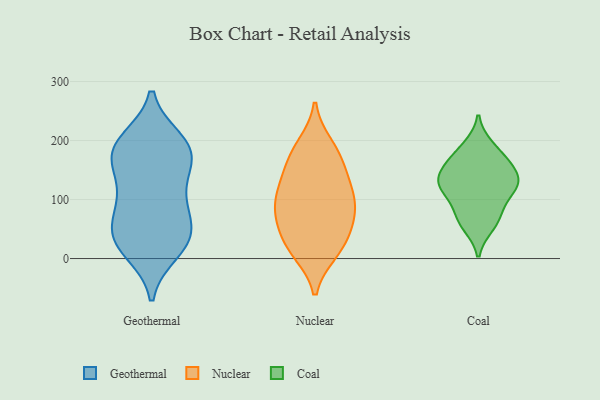
{"axis": {"x": "Waste Production (Tons)", "y": "Value"}, "legend": ["Coal", "Geothermal", "Nuclear"], "data": [{"x": "", "y": 97, "type": "Geothermal"}, {"x": "", "y": 37, "type": "Geothermal"}, {"x": "", "y": 48, "type": "Geothermal"}, {"x": "", "y": 153, "type": "Geothermal"}, {"x": "", "y": 181, "type": "Geothermal"}, {"x": "", "y": 190, "type": "Geothermal"}, {"x": "", "y": 199, "type": "Geothermal"}, {"x": "", "y": 159, "type": "Geothermal"}, {"x": "", "y": 33, "type": "Geothermal"}, {"x": "", "y": 97, "type": "Geothermal"}, {"x": "", "y": 23, "type": "Geothermal"}, {"x": "", "y": 191, "type": "Geothermal"}, {"x": "", "y": 13, "type": "Geothermal"}, {"x": "", "y": 99, "type": "Geothermal"}, {"x": "", "y": 47, "type": "Geothermal"}, {"x": "", "y": 179, "type": "Geothermal"}, {"x": "", "y": 105, "type": "Nuclear"}, {"x": "", "y": 11, "type": "Nuclear"}, {"x": "", "y": 192, "type": "Nuclear"}, {"x": "", "y": 95, "type": "Nuclear"}, {"x": "", "y": 88, "type": "Nuclear"}, {"x": "", "y": 135, "type": "Nuclear"}, {"x": "", "y": 180, "type": "Nuclear"}, {"x": "", "y": 174, "type": "Nuclear"}, {"x": "", "y": 121, "type": "Nuclear"}, {"x": "", "y": 17, "type": "Nuclear"}, {"x": "", "y": 41, "type": "Nuclear"}, {"x": "", "y": 16, "type": "Nuclear"}, {"x": "", "y": 63, "type": "Nuclear"}, {"x": "", "y": 59, "type": "Nuclear"}, {"x": "", "y": 146, "type": "Nuclear"}, {"x": "", "y": 84, "type": "Nuclear"}, {"x": "", "y": 124, "type": "Coal"}, {"x": "", "y": 119, "type": "Coal"}, {"x": "", "y": 57, "type": "Coal"}, {"x": "", "y": 75, "type": "Coal"}, {"x": "", "y": 136, "type": "Coal"}, {"x": "", "y": 68, "type": "Coal"}, {"x": "", "y": 151, "type": "Coal"}, {"x": "", "y": 125, "type": "Coal"}, {"x": "", "y": 189, "type": "Coal"}, {"x": "", "y": 116, "type": "Coal"}, {"x": "", "y": 160, "type": "Coal"}, {"x": "", "y": 174, "type": "Coal"}]}